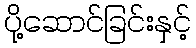
ပို့ဆောင်ခြင်းနှင့်